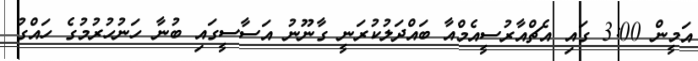
އަމީން 3:00 ގައި އެޗްއާރުސީއެމްއާ ބައްދަލުކުރަނީ ގާނޫނު އަސާސީގައި ބުނާ ހަނުހުރުމުގެ ހައްގު